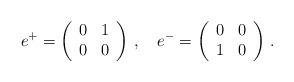
LaTeX: \begin{align*}e^+=\left(\begin{array}{llll}0 & 1\\0 & 0\end{array}\right)\,,\ \ \ e^-=\left(\begin{array}{llll}0 & 0\\1 & 0\end{array}\right)\,.\end{align*}